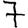
Digit: 7